Manual of vaccination for the United Provinces of Agra and Oudh -
Year: 1903
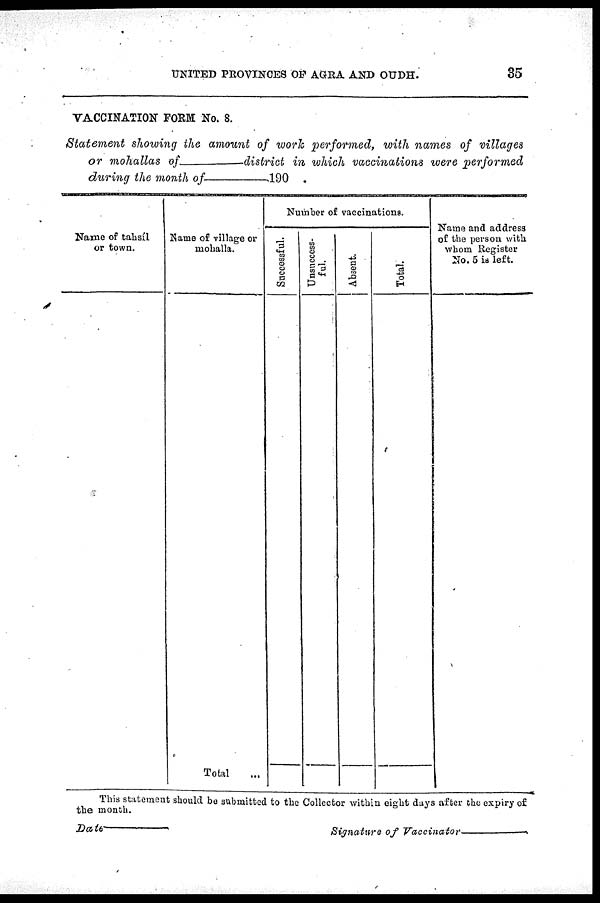
UNITED PROVINCES OF AGRA AND OUDH.
35
VACCINATION FORM No. 8.
Statement showing the amount of work performed, with names of villages
or mohallas of—district
in which vaccinations were performed
during the month of—190
Name of tahsíl
or town.
Name of village or
mohalla.
Total ...
Number of vaccinations.
Successful.
Unsuccess-
ful.
Absent.
Total.
Name and address
of the person with
whom Register
No. 5 is left.
This statement should be submitted to the Collector within eight days after the expiry of
the month.
Date—
Signature of
Vaccinator—